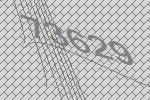
73629